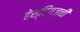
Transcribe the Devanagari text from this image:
हेस्टिंग्जची